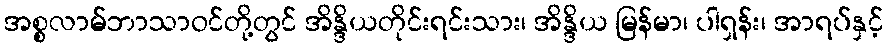
အစ္စလာမ်ဘာသာဝင်တို့တွင် အိန္ဒိယတိုင်းရင်းသား၊ အိန္ဒိယ မြန်မာ၊ ပါရှန်း၊ အာရပ်နှင့်